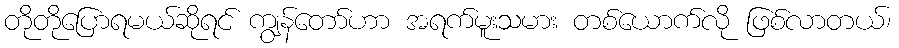
တိုတိုပြောရမယ်ဆိုရင် ကျွန်တော်ဟာ အရက်မူးသမား တစ်ယောက်လို ဖြစ်လာတယ်၊